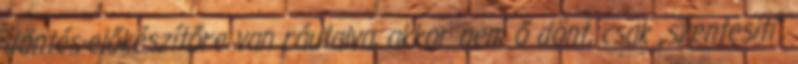
döntés-előkészítőre van ráutalva, akkor nem ő dönt, csak „szentesíti”,